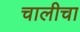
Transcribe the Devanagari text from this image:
चालीचा